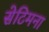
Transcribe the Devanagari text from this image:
सेटिमना